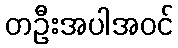
တဦးအပါအဝင်